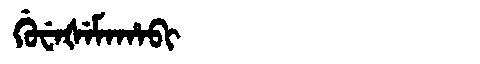
Manchu: ᡤᡠᠸᡝᡧᡝᠮᠠᡥᠠᠪᡳ
Romanization: GUWEŠEMAHABI